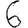
Digit: 6